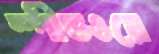
স্পীডওয়ে